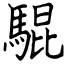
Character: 騉